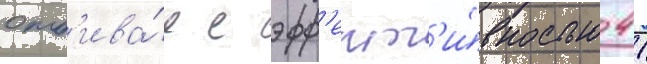
отб'ива́я с эфф'ект'и́вностью 41